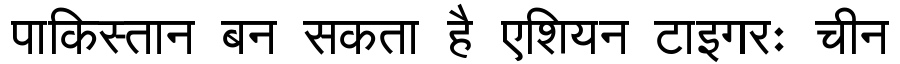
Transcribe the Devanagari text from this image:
पाकिस्तान बन सकता है एशियन टाइगरः चीन